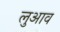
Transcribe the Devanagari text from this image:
लुआव